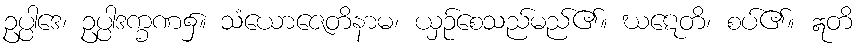
ဥပ္ပါဒေ၊ ဥပ္ပါဒက္ခဏ၌။ သံယောဇေတိနာမ၊ ယှဉ်စေသည်မည်၏။ ဃဋေတိ၊ စပ်၏။ ဣတိ